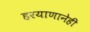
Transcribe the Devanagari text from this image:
हरयाणानेही